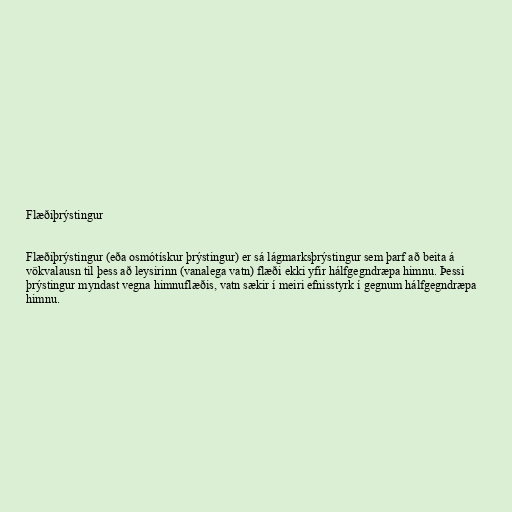
Flæðiþrýstingur

Flæðiþrýstingur (eða osmótískur þrýstingur) er sá lágmarksþrýstingur sem þarf að beita á
vökvalausn til þess að leysirinn (vanalega vatn) flæði ekki yfir hálfgegndræpa himnu. Þessi
þrýstingur myndast vegna himnuflæðis, vatn sækir í meiri efnisstyrk í gegnum hálfgegndræpa
himnu.